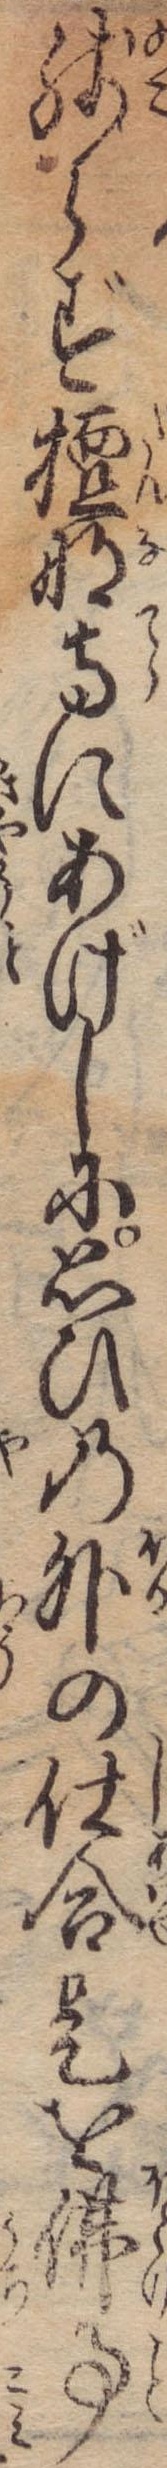
残らず檀那寺にあげしに思ひの外の仕合是を仏事